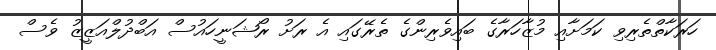
ހަރަކާތްތެރިވި ކަމަށާއި މުޒާހަރާގެ ބައިވެރިންގެ ތެރޭގައި އެ ރަށު ރޯޝަނީހައުސް އަބްދުލްއަޒީޒު ވެސް